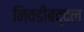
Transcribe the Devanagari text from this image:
निवडीबद्दल